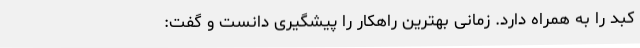
کبد را به همراه دارد. زمانی بهترین راهکار را پیشگیری دانست و گفت: